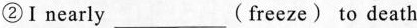
②Ⅰnearly___(freeze) to death